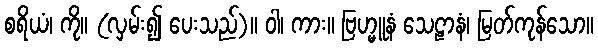
စရိယံ၊ ကို။ (လှမ်း၍ ပေးသည်)။ ဝါ၊ ကား။ ဗြဟ္မူနံ သေဠာနံ၊ မြတ်ကုန်သော။